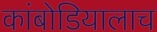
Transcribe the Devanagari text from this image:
कांबोडियालाच